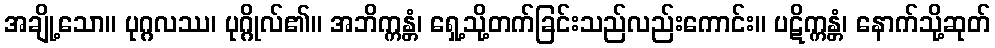
အချို့သော။ ပုဂ္ဂလဿ၊ ပုဂ္ဂိုလ်၏။ အဘိက္ကန္တံ၊ ရှေ့သို့တက်ခြင်းသည်လည်းကောင်း။ ပဋိက္ကန္တံ၊ နောက်သို့ဆုတ်